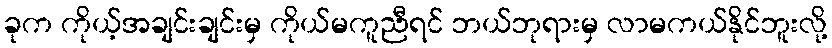
ခုက ကိုယ့်အချင်းချင်းမှ ကိုယ်မကူညီရင် ဘယ်ဘုရားမှ လာမကယ်နိုင်ဘူးလို့